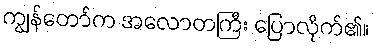
ကျွန်တော်က အလောတကြီး ပြောလိုက်၏။